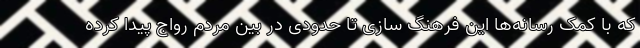
که با کمک رسانه‌ها این فرهنگ سازی تا حدودی در بین مردم رواج پیدا کرده